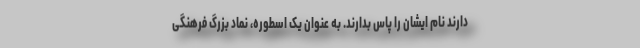
دارند نام ایشان را پاس بدارند. به عنوان یک اسطوره، نماد بزرگ فرهنگی